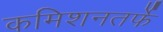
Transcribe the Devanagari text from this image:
कमिशनतर्फे